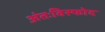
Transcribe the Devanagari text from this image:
अंतःविस्फोद